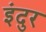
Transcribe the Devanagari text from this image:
इंदुर